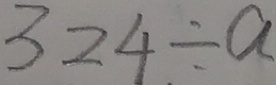
3 2 4 \div a